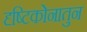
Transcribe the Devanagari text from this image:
दृष्टिकोनातुन